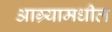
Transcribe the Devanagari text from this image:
आग्र्यामधील